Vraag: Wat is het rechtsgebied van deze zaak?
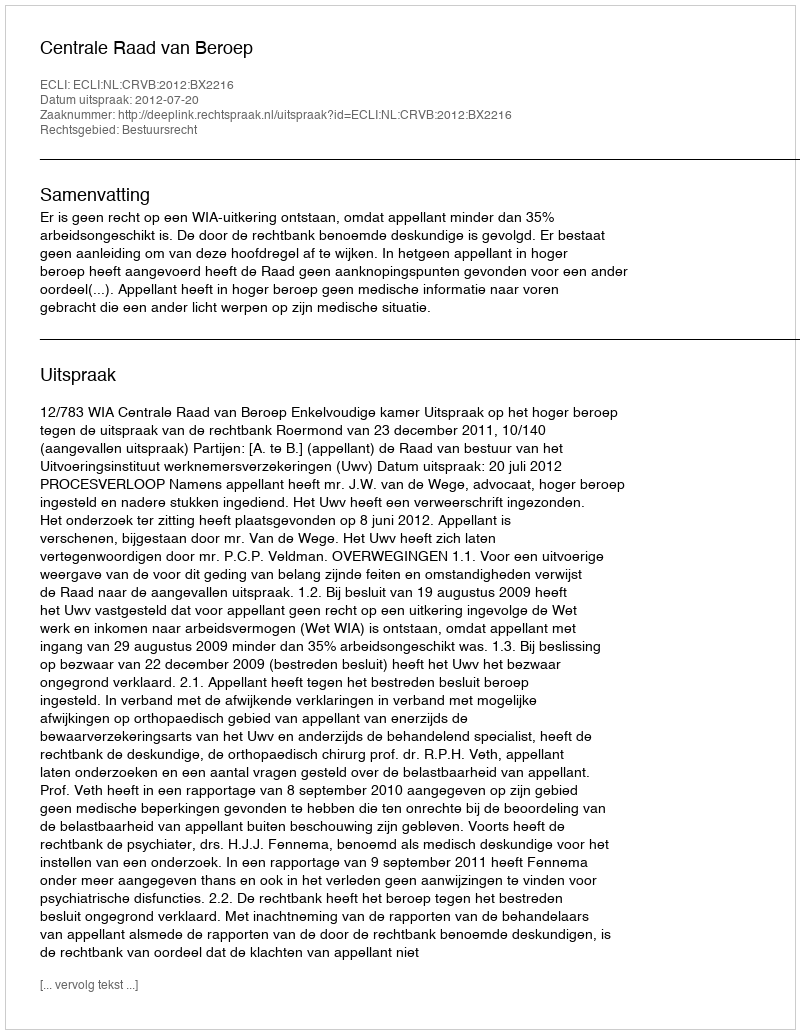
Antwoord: Bestuursrecht